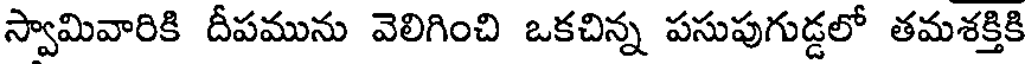
స్వామివారికి దీపమును వెలిగించి ఒకచిన్న పసుపుగుడ్డలో తమశక్తికి